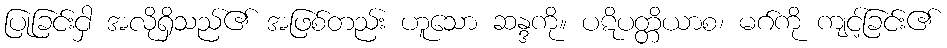
ပြုခြင်းငှါ အလိုရှိသည်၏ အဖြစ်တည်း ဟူသော ဆန္ဒကို။ ပဋိပတ္တိယာစ၊ မဂ်ကို ကျင့်ခြင်း၏